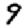
Digit: 9